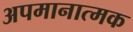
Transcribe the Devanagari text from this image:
अपमानात्मक